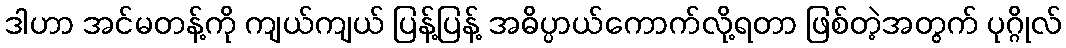
ဒါဟာ အင်မတန့်ကို ကျယ်ကျယ် ပြန့်ပြန့် အဓိပ္ပာယ်ကောက်လို့ရတာ ဖြစ်တဲ့အတွက် ပုဂ္ဂိုလ်